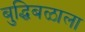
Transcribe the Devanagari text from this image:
बुद्धिबळाला